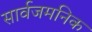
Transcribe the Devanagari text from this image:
सार्वजमनिक